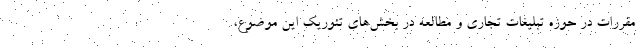
مقررات در حوزه تبلیغات تجاری و مطالعه در بخش‌های تئوریک این موضوع،